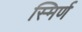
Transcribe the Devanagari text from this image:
स्मिर्ण